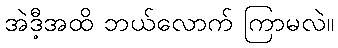
အဲဒီ့အထိ ဘယ်လောက် ကြာမလဲ။